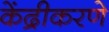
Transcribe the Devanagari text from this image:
केंद्रीकरणे